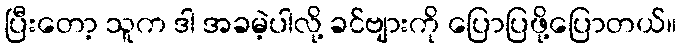
ပြီးတော့ သူက ဒါ အခမဲ့ပါလို့ ခင်ဗျားကို ပြောပြဖို့ပြောတယ်။